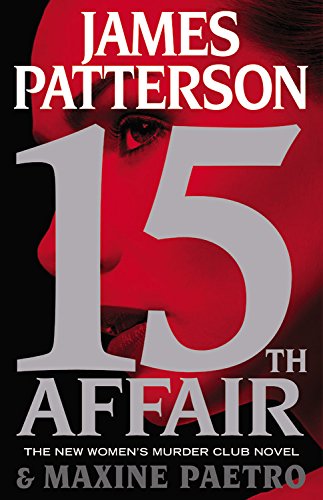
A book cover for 15th Affair (Women's Murder Club); James Patterson; Mystery, Thriller & Suspense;